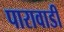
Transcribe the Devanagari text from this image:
पारावाडी